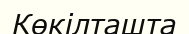
Көкілташта